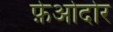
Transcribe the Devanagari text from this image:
फ़ेओदोर